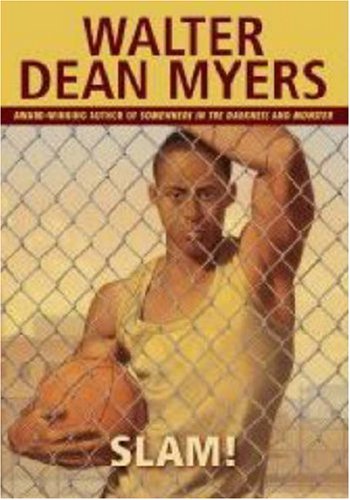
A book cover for Slam!; Walter Dean Myers; Teen & Young Adult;